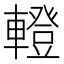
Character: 𨎤